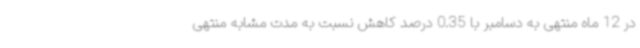
در 12 ماه منتهی به دسامبر با 0.35 درصد کاهش نسبت به مدت مشابه منتهی